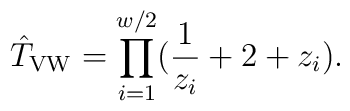
\hat T_{\rm VW}=\prod_{i=1}^{w/2} \bigl( \frac{1}{z_i} +2 +z_i\bigr).